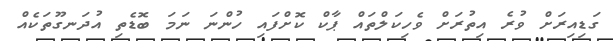
ގަޑިއިރަށް ވުރެ އިތުރަށް ވެހިކަލްތައް ޕާކް ކޮށްފައި ހުންނަ ނަމަ ބޮޑެތި އުދަނގޫތަކެއް